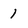
Character: 1